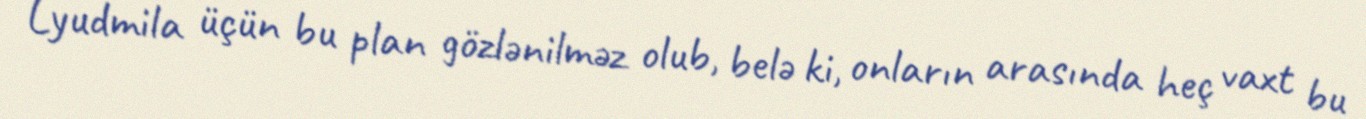
Lyudmila üçün bu plan gözlənilməz olub, belə ki, onların arasında heç vaxt bu